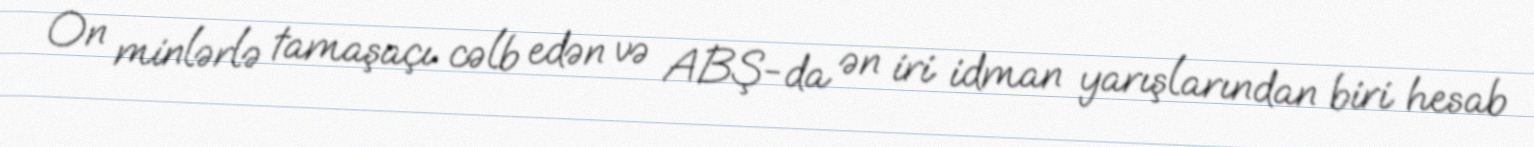
On minlərlə tamaşaçı cəlb edən və ABŞ-da ən iri idman yarışlarından biri hesab